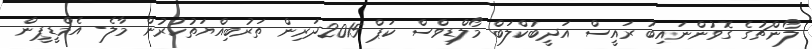
ލޯންޗުގެ ގޮވުންނައިބު ރައީސް އަދީބުކްލަބް މޯލްޑިވްސް ކަޕް 2015ދަރިން ތަރުބިއްޔަތުކުރުން މާލެ- އެމްޑީޕީން